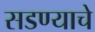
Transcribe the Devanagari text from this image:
सडण्याचे